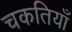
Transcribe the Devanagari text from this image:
चकतियाँ